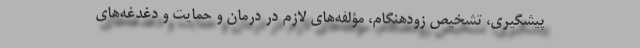
پیشگیری، تشخیص زودهنگام، مؤلفه‌های لازم در درمان و حمایت و دغدغه‌های